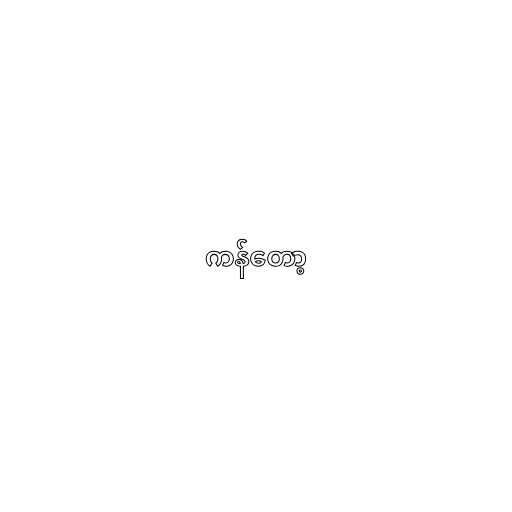
ကန်တော့